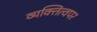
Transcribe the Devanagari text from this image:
व्यक्तित्वपर